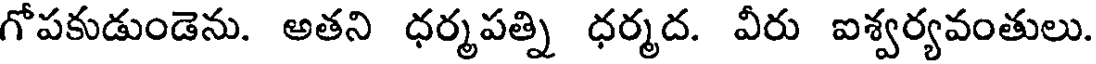
గోపకుడుండెను. అతని ధర్మపత్ని ధర్మద. వీరు ఐశ్వర్యవంతులు.